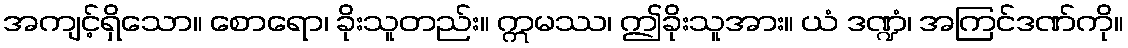
အကျင့်ရှိသော။ စောရော၊ ခိုးသူတည်း။ ဣမဿ၊ ဤခိုးသူအား။ ယံ ဒဏ္ဍံ၊ အကြင်ဒဏ်ကို။